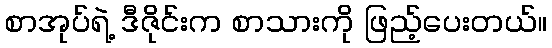
စာအုပ်ရဲ့ ဒီဇိုင်းက စာသားကို ဖြည့်ပေးတယ်။